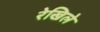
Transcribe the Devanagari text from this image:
रेखिले